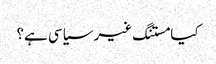
کیا مستنگ غیر سیاسی ہے؟